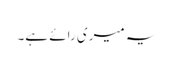
یہ میری رائے ہے۔